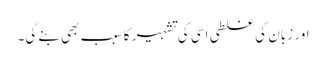
اور زبان کی غلطی اسی کی تشہیر کا سبب بھی بنے گی۔